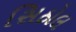
સિઠોલ